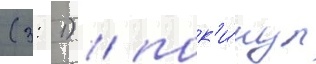
(3: 1) / пок'и́нул